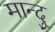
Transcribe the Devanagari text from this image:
मान्दु